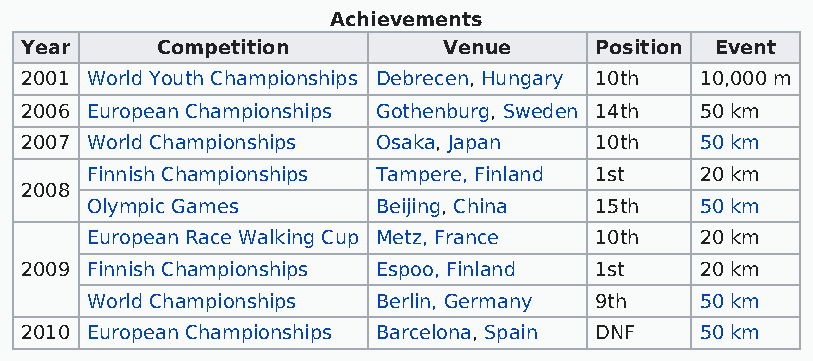
Achievements
 Year     Competition        Venue     Position Event
 2001 World Youth Championships Debrecen, Hungary 10th 10,000 m
 2006 European Championships Gothenburg, Sweden 14th 50 km
 2007 World Championships Osaka, Japan 10th   50 km
 Finnish Championships Tampere, Finland 1st 20 km
 2008
 Olympic Games      Beijing, China 15th  50 km
 European Race Walking Cup Metz, France 10th 20 km
 2009 Finnish Championships Espoo, Finland 1st 20 km
 World Championships Berlin, Germany 9th 50 km
 2010 European Championships Barcelona, Spain DNF 50 km